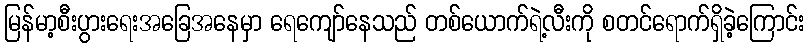
မြန်မာ့စီးပွားရေးအခြေအနေမှာ ရေကျော်နေသည် တစ်ယောက်ရဲ့လီးကို စတင်ရောက်ရှိခဲ့ကြောင်း